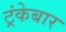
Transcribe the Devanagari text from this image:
ट्रंकेबार